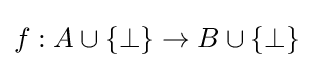
f:A\cup \{\perp \}\rightarrow B\cup \{\perp \}